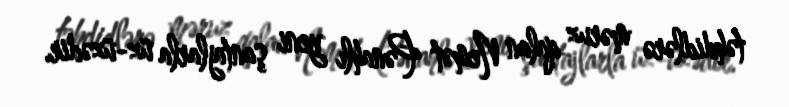
təhdidlərə məruz qalan Nemət Pənahlı yeni şantajlarla üz-üzədir.